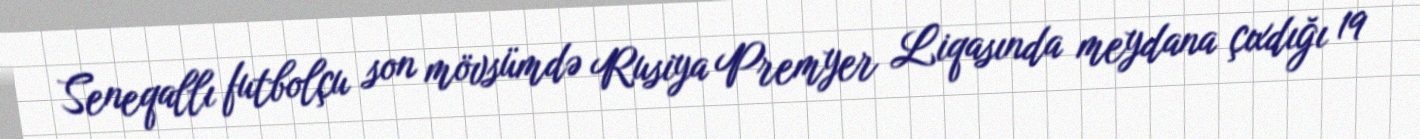
Seneqallı futbolçu son mövsümdə Rusiya Premyer Liqasında meydana çıxdığı 19